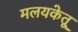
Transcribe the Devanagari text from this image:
मलयकेतू